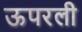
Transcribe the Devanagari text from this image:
ऊपरली